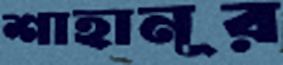
শাহানূর